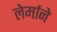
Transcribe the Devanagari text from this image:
लेर्माने